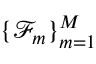
\{ \mathcal { F } _ { m } \} _ { m = 1 } ^ { M }